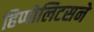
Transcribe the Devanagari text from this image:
हिप्पोलिटसने